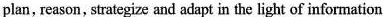
plan, reason, strategize and adapt in the light of information